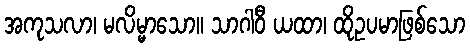
အကုသလာ၊ မလိမ္မာသော။ သာဂါဝီ ယထာ၊ ထိုဥပမာဖြစ်သော